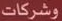
وشركات